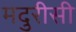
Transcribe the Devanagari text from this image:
मदुरीसी